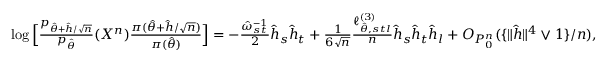
\begin{array} { r l } & { \log \Big [ \frac { p _ { \hat { \theta } + \hat { h } / \sqrt { n } } } { p _ { \hat { \theta } } } ( X ^ { n } ) \frac { \pi ( \hat { \theta } + \hat { h } / \sqrt { n } ) } { \pi ( \hat { \theta } ) } \Big ] = - \frac { \hat { \omega } _ { s t } ^ { - 1 } } { 2 } \hat { h } _ { s } \hat { h } _ { t } + \frac { 1 } { 6 \sqrt { n } } \frac { \ell _ { \hat { \theta } , s t l } ^ { ( 3 ) } } { n } \hat { h } _ { s } \hat { h } _ { t } \hat { h } _ { l } + O _ { P _ { 0 } ^ { n } } ( \{ \| \hat { h } \| ^ { 4 } \vee 1 \} / n ) , } \end{array}